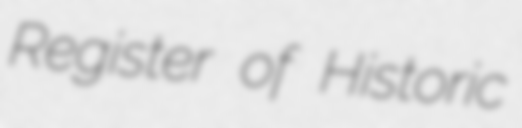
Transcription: Register of Historic